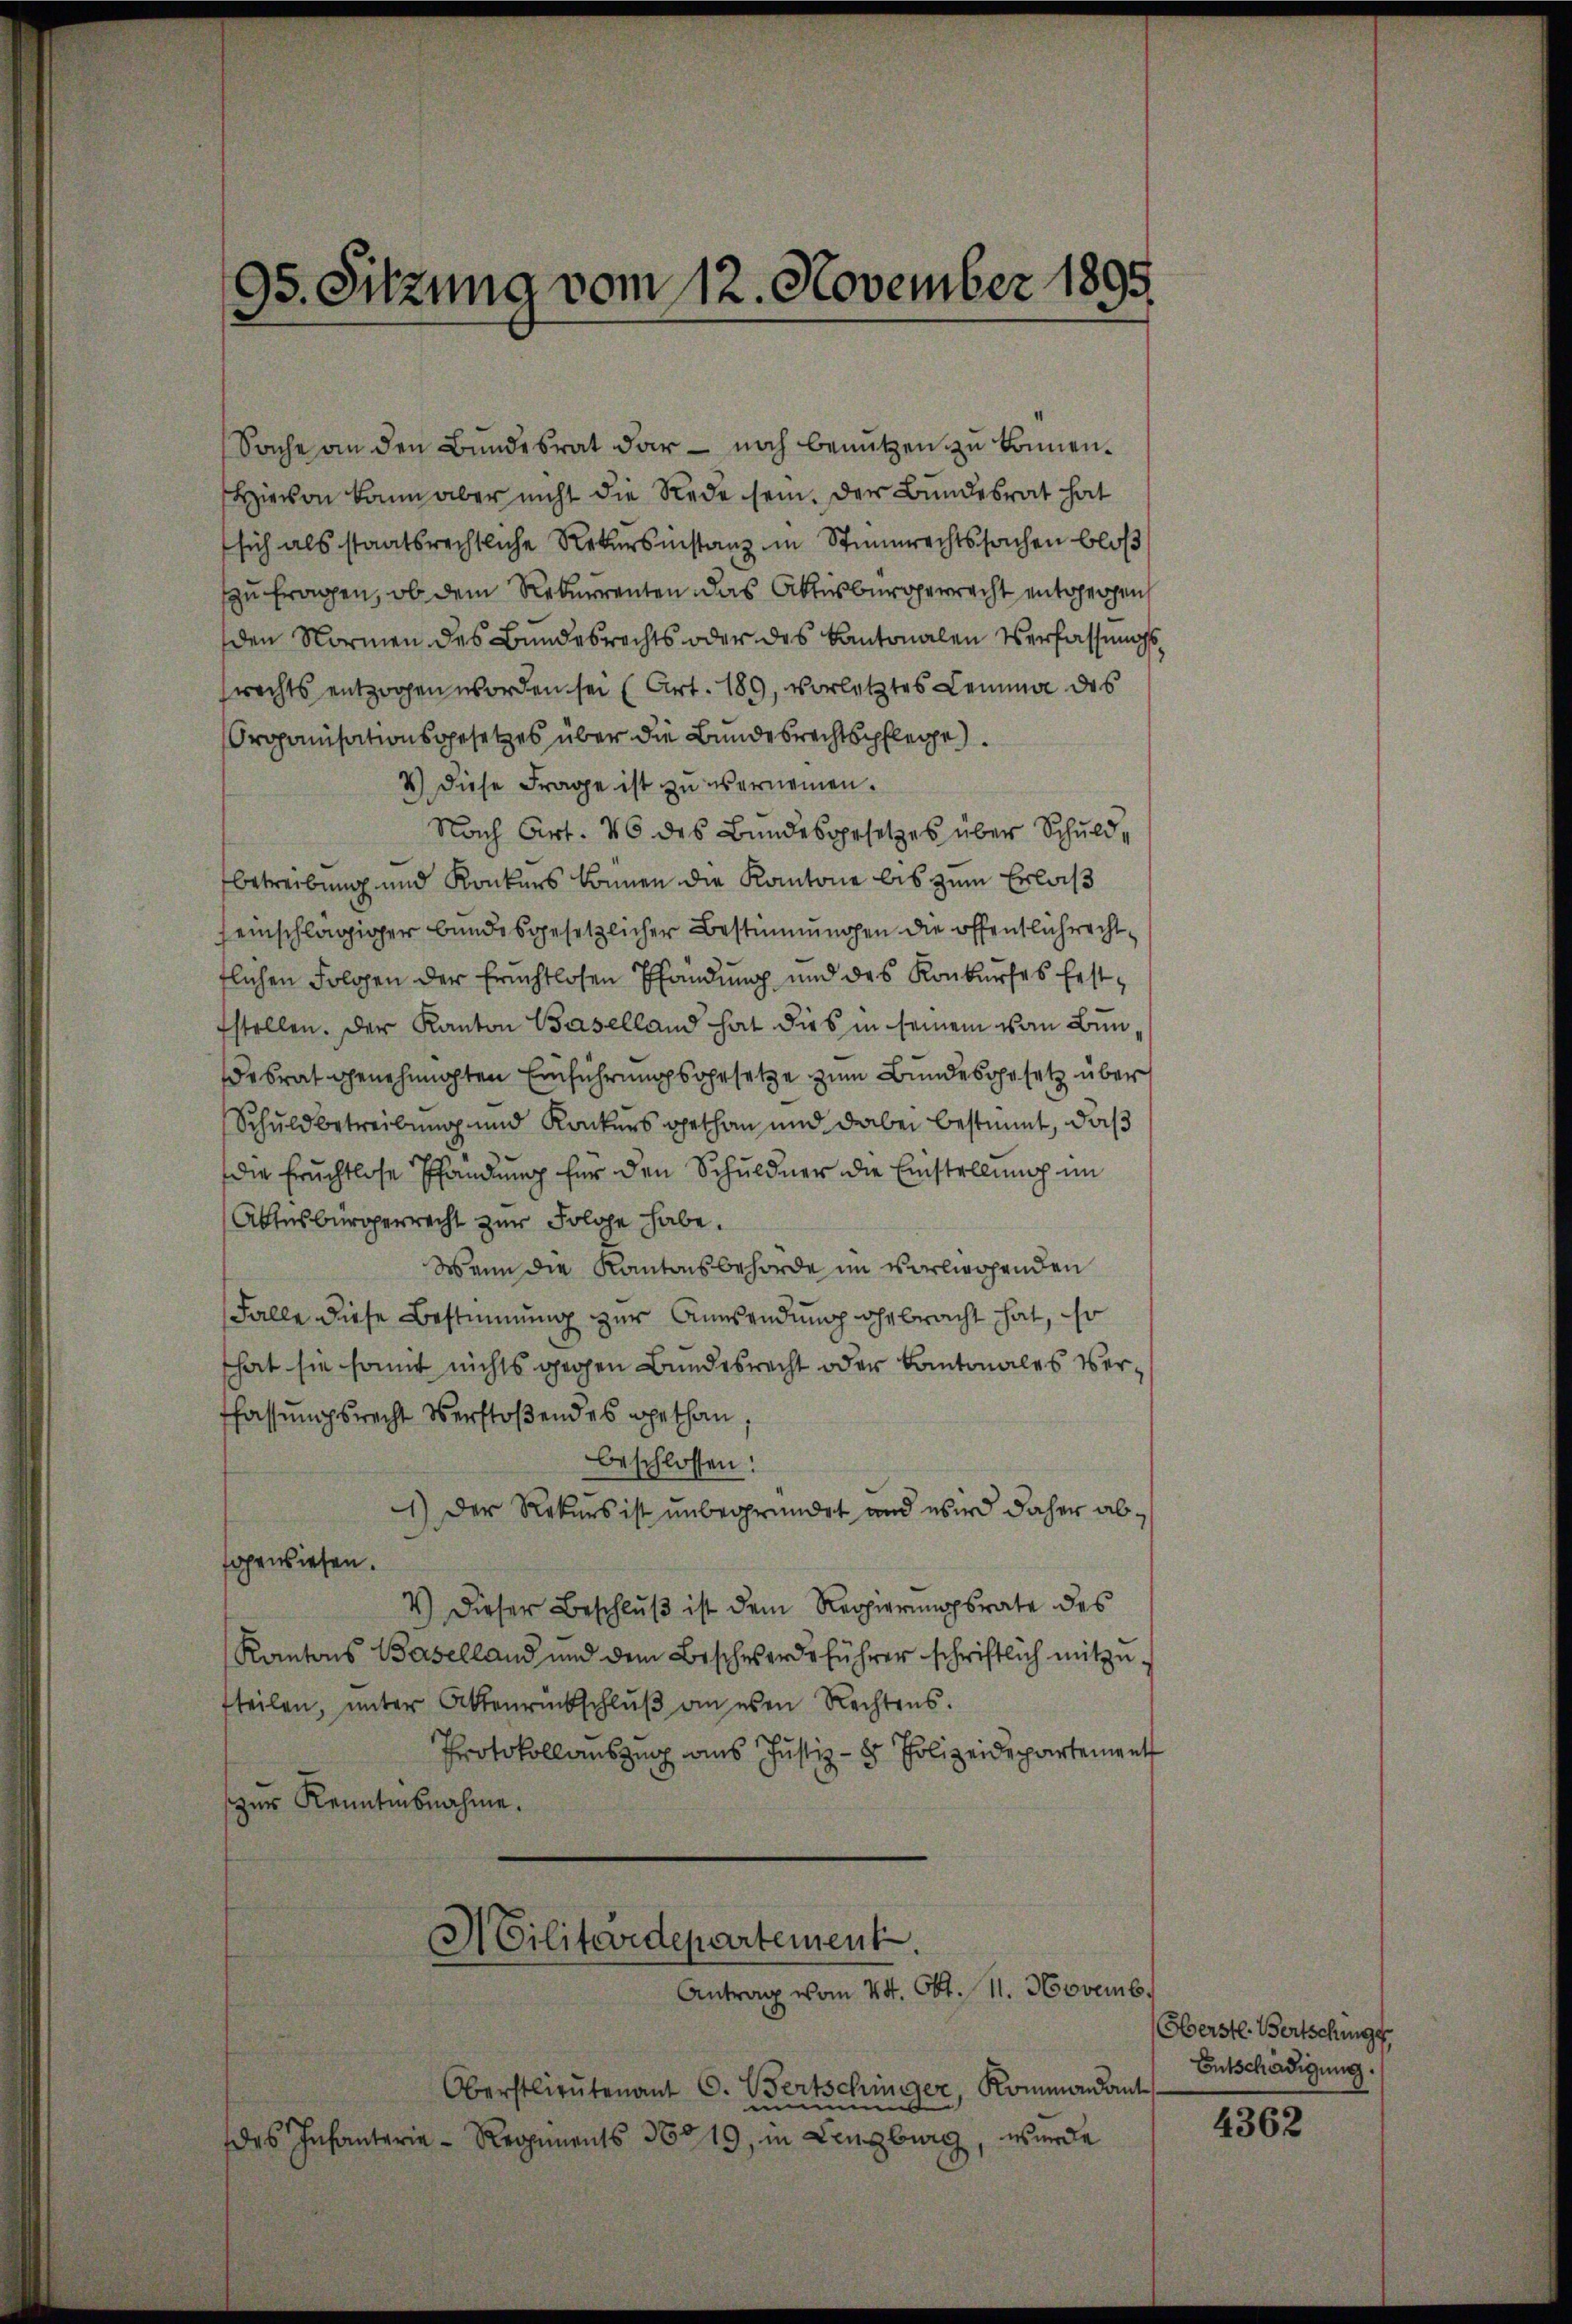
Sache an den Bundesrat dar – noch benutzen zu können.
Hievon kann aber nicht die Rede sein. Der Bundesrat hat
sich als staatsrechtliche Rekursinstanz in Stinnrechtssachen bloß
zu fragen, ob dem Rekurrenten das Aktusbürgerrecht entgegen
den Normen des Bundesrechts oder des Kantonalen Verfassungssrechts entzogen worden sei (Art. 189, vorletztes Lemma des
Organisationsgesetzes über die Bundesrechtspflege.
4) Diese Frage ist zu vernennen.
Nach Art. 46 des Bundesgesetzes über Schuldbetreibung und Konkurs können die Kantone bis zum Erlaß
einschlägiger bundesgesetzlicher Bestimmungen die öffentlichrechtflichen Folgen der Fruchtlosen Pfändung und des Konkurses Erstfstellen. Der Kanton Baselland hat dies in seinem von Bunesrat genehmigten Einführungsgesetze zum Bundesgesetz über
Schuldbetreibung und Konkers opethan und dabei bestimmt, daß
die Fruchtlose Pfandung für den Schuldner die Einstellung im
Attesbürgerrecht zur Solche habe.
Wenn die Kantonsbehörde im vorliegenden
Falle diese Bestimmung zur Aussendung ehebracht hat, so
that sie samt nichts gegen Bundesrecht oder Kantonales verffassungsrecht verstoßendes Spethan,
beschlossen:
) Der Rekurs ist unbegründet und wird daher abgewiesen.
4) Dieser Beschluß ist dem Regierungsrate des
Kantons Baselland und dem Beschwerdeführer schriftlich mitzufteilen, ŭnter Aktenrückschlŭβ an esen Rechtens.
Protokollauszug aus Justiz- & Polizeidepartement
zur Kenntnisnahme.
Militärdepartement
Antrag vom 24. Okt. 11. Novemb.

95. Sitzung vom 12. November 1895

Oberstlieutenant C. Bertschinger Kommandant
nimt
wurde
des Infanterie-Regiments 36819, in Lenzburg

Oberste. Bertschung,
Entschädigung.

4362